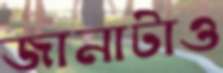
জানাটাও